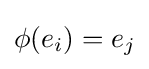
\phi (e_{i})=e_{j}